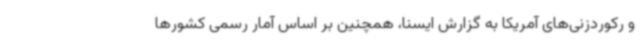
و رکوردزنی‌های آمریکا به گزارش ایسنا، همچنین بر اساس آمار رسمی کشورها